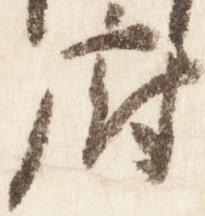
府